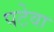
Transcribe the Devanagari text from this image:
पटेवा